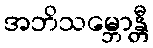
အဘိသမ္ဘောန္တီ